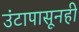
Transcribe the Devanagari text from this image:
उंटापासूनही